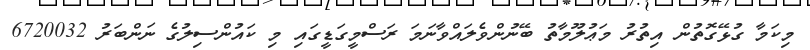
މިކަމާ ގުޅޭގޮތުން އިތުރު މަޢުލޫމާތު ބޭނުންވެލައްވާނަމަ ރަސްމީގަޑީގައި މި ކައުންސިލުގެ ނަންބަރު 6720032